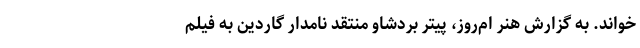
خواند. به گزارش هنر ام‌روز، پیتر بردشاو منتقد نامدار گاردین به فیلم